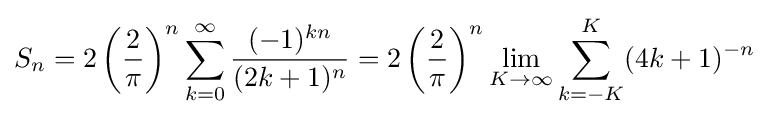
S_{n}=2\left({\frac {2}{\pi }}\right)^{n}\sum _{k=0}^{\infty }{\frac {(-1)^{kn}}{(2k+1)^{n}}}=2\left({\frac {2}{\pi }}\right)^{n}\lim _{K\to \infty }\sum _{k=-K}^{K}(4k+1)^{-n}